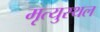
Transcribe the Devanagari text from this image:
मृत्युस्थल